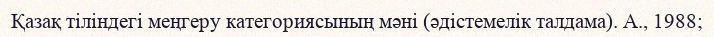
Қазақ тіліндегі меңгеру категориясының мәні (әдістемелік талдама). А., 1988;